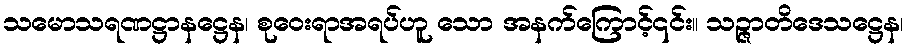
သမောသရဏဋ္ဌာနဋ္ဌေန၊ စုဝေးရာအရပ်ဟူ သော အနက်ကြောင့်၎င်း။ သဉ္ဇာတိဒေသဋ္ဌေန၊